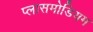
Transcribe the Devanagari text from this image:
प्लासमोडियम